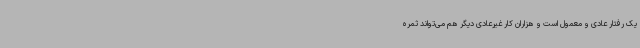
یک رفتار عادی و معمول است و هزاران کار غیرعادی دیگر هم می‌تواند ثمره